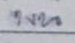
บน